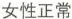
女性正常